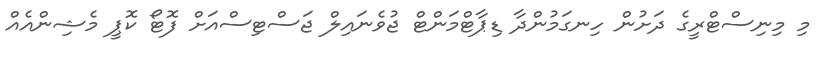
މި މިނިސްޓްރީގެ ދަށުން ހިނގަމުންދާ ޑިޕާޓްމަންޓް ޖުވެނައިލް ޖަސްޓިސްއަށް ފޮޓޯ ކޮޕީ މެޝިންއެއް